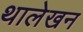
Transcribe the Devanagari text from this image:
थालेखन